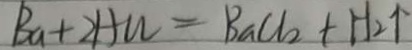
B a + 2 H u = B a C l _ { 2 } + H _ { 2 } \uparrow